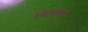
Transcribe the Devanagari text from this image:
छटांमुळे